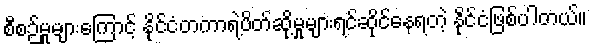
စီစဉ်မှုများကြောင့် နိုင်ငံတကာရဲ့ပိတ်ဆို့မှုများရင်ဆိုင်နေရတဲ့ နိုင်ငံဖြစ်ပါတယ်။